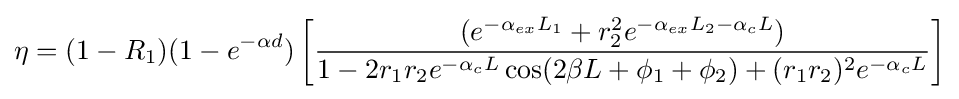
\eta =(1-R_{1})(1-e^{-\alpha d})\left[{\frac {(e^{-\alpha _{ex}L_{1}}+r_{2}^{2}e^{-\alpha _{ex}L_{2}-\alpha _{c}L})}{1-2r_{1}r_{2}e^{-\alpha _{c}L}\cos(2\beta L+\phi _{1}+\phi _{2})+(r_{1}r_{2})^{2}e^{-\alpha _{c}L}}}\right]